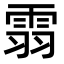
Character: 䨒